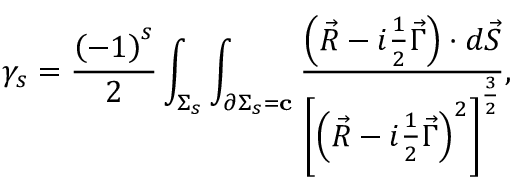
\gamma _ { s } = \frac { \left( - 1 \right) ^ { s } } 2 \int _ { \Sigma _ { s } } \int _ { \partial \Sigma _ { s } = { \bf c } } \frac { \left( \vec { R } - i \frac 1 2 \vec { \Gamma } \right) \cdot d \vec { S } } { \left[ \left( \vec { R } - i \frac 1 2 \vec { \Gamma } \right) ^ { 2 } \right] ^ { \frac 3 2 } } ,